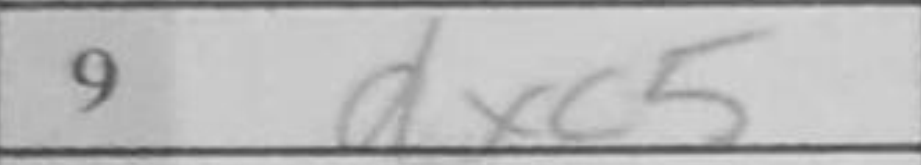
Transcription: dxc5